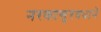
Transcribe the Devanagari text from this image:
नरकासुरवधाने